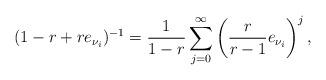
LaTeX: \begin{align*}(1-r+r e_{\nu_i})^{-1}=\frac{1}{1-r}\sum_{j=0}^\infty \left(\frac{r}{r-1}e_{\nu_i}\right)^j,\end{align*}